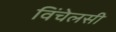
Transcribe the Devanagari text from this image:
विंचेलसी